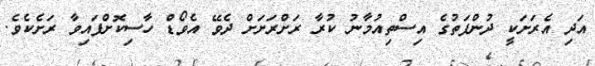
އަދި އެރަށަކީ ދުންފަތުގެ އިސްތިއުމާނު ކުރާ ރަށްރަށަށް ދެވޭ އެވޯޑް ހާސިކޮށްފައިވާ ރަށެކެވެ.